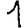
Digit: 1